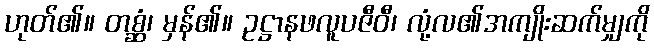
ဟုတ်၏။ တစ္ဆံ၊ မှန်၏။ ဥဋ္ဌာနဖလူပဇီဝီ၊ လုံ့လ၏အကျိုးဆက်မျှကို